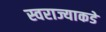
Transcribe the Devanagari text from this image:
स्वराज्याकडे